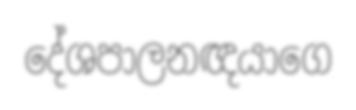
දේශපාලනඥයාගෙ